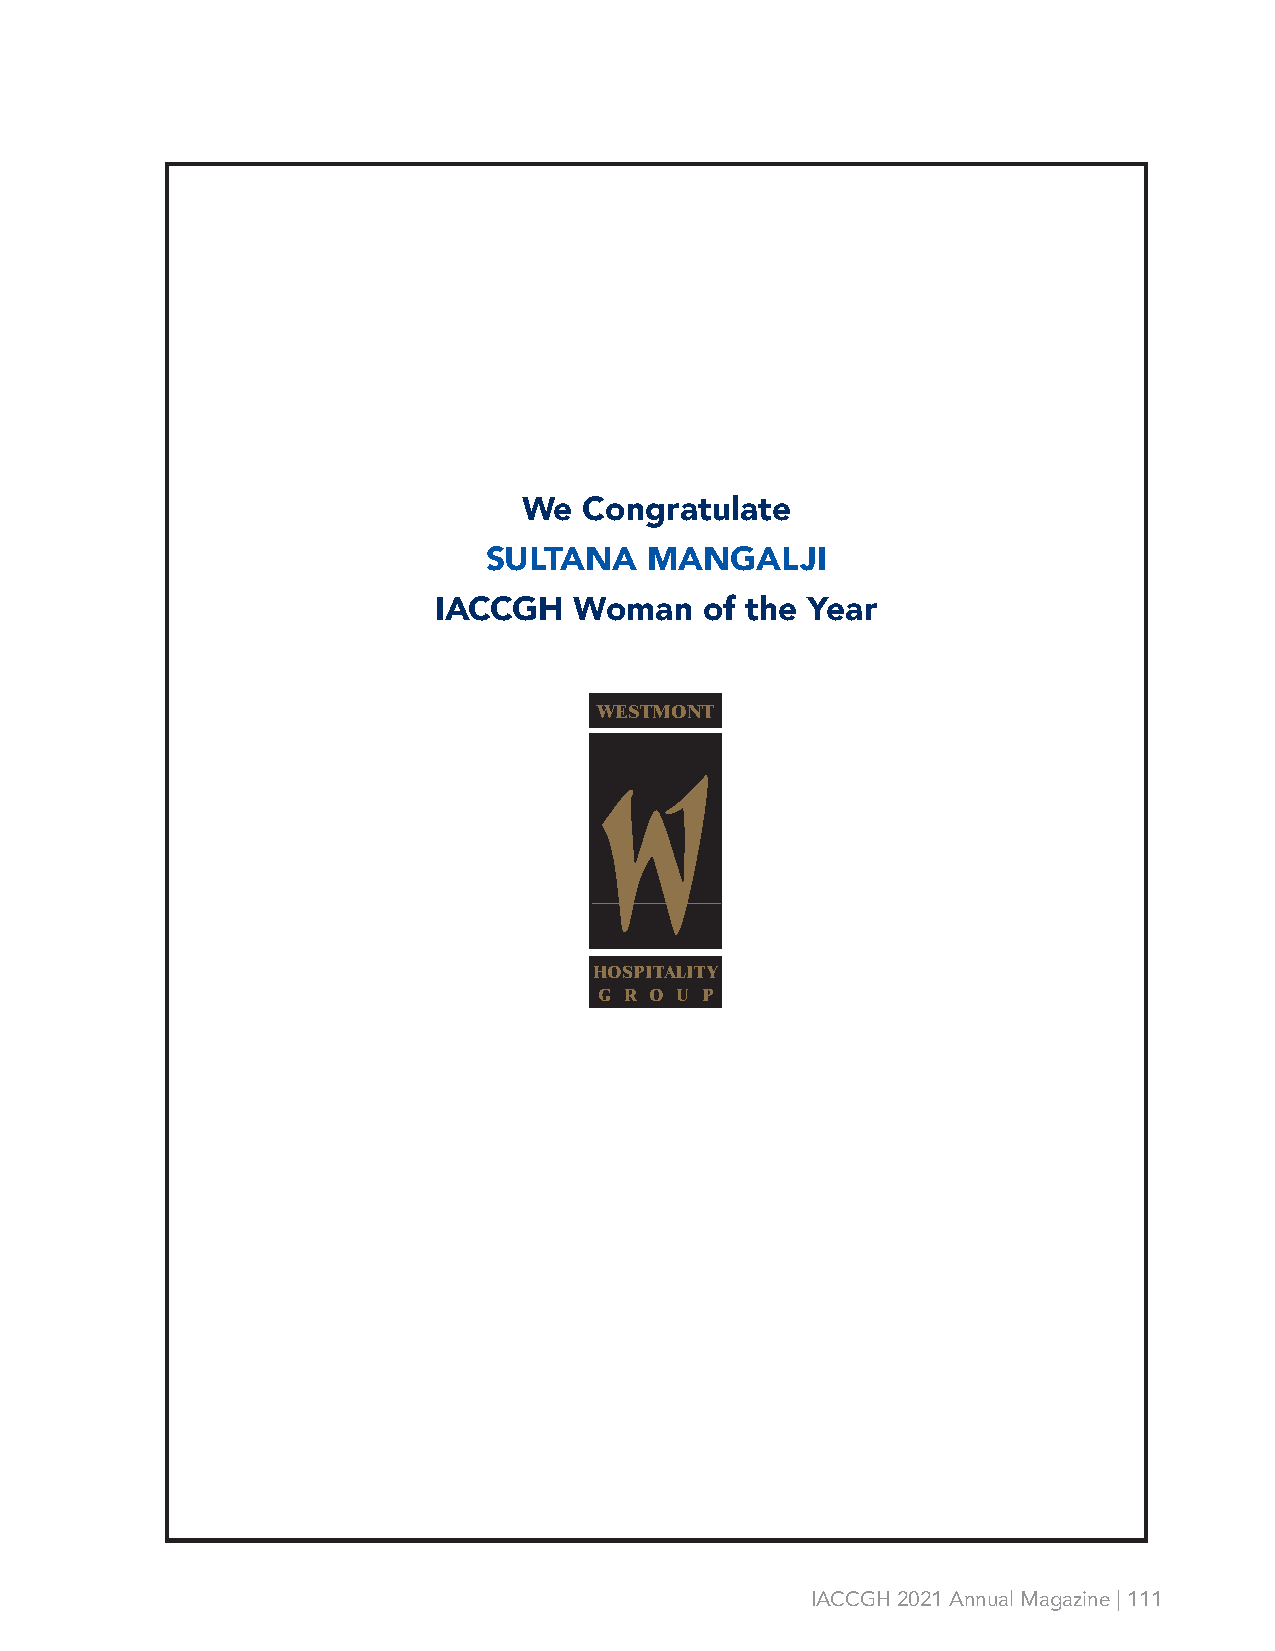
We  Congratulate
 SULTANA    MANGALJI
 IACCGH   Woman    of the Year
 WESTMONT
 HOSPITALITY
 G R O U P
 IACCGH 2021 Annual Magazine | 111